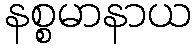
နစ္စမာနာယ